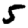
Digit: 5